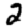
Digit: 2